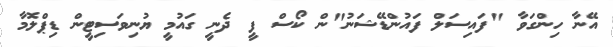
އޭނާ ހިންގަވާ "ފައިސަލް ފައުންޑޭޝަނު"ން ކޯސް ފީ ދެނީ ގައުމީ ޔުނިވަސިޓީން ޑިޕްލޮމާ